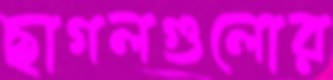
ছাগলগুলোর